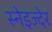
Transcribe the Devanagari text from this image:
स्नेइज्देर